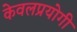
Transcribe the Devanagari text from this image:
केवलप्रयोगी